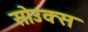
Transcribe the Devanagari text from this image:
सोउक्स